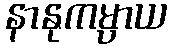
နာနုကမ္ပာယ